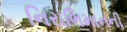
નિરાભિમાનની